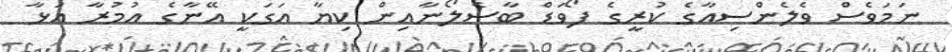
ނަމަވެސް ވެލެންސިއާގެ ކުރީގެ ފޯވަޑް ބާސެލޯނާއިން ކިޔާ އަގަކީ އޭނާގެ އުމުރާ އަޅާ